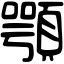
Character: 顎